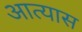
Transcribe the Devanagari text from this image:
आत्यास